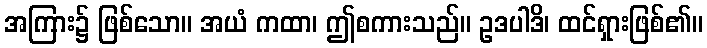
အကြား၌ ဖြစ်သော။ အယံ ကထာ၊ ဤစကားသည်။ ဥဒပါဒိ၊ ထင်ရှားဖြစ်၏။